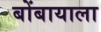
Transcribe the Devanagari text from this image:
बोंबायाला